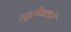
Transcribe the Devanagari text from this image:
स्तुतीकवने